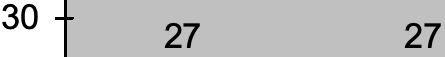
30 27      27